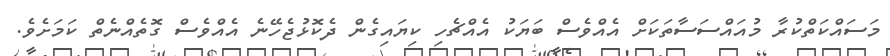
މަސައްކަތްކުރާ މުއައްސަސާތަކަށް އެއްވެސް ބަޔަކު އެއްޗެހި ކިޔައިގެން ދެކޮޅުޖެހޭނެ އެއްވެސް ގޮތެއްނެތް ކަމަށެވެ.